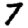
Digit: 7